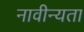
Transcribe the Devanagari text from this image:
नावीन्यता